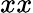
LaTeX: xx